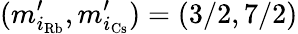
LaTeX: (m_{i_{\mathrm{Rb}}}^{\prime},m_{i_{\mathrm{Cs}}}^{\prime})=(3/2,7/2)